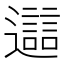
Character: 𨘔